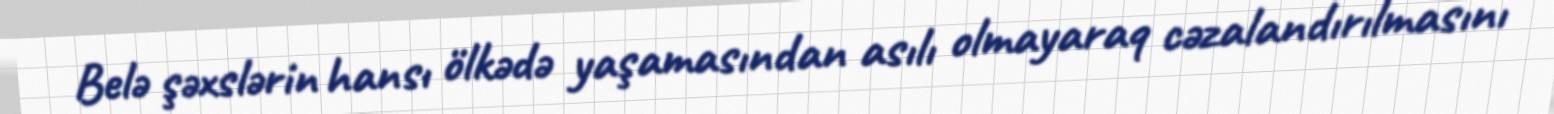
Belə şəxslərin hansı ölkədə yaşamasından asılı olmayaraq cəzalandırılmasını